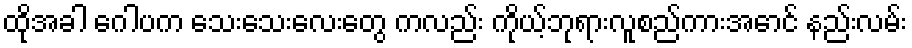
ထိုအခါ ဂေါပက သေးသေးလေးတွေ ကလည်း ကိုယ့်ဘုရားလူစည်ကားအောင် နည်းလမ်း